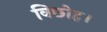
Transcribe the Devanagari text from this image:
विछोह।